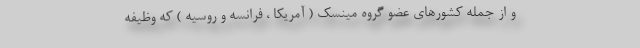
و از جمله کشورهای عضو گروه مینسک ( آمریکا ، فرانسه و روسیه ) که وظیفه